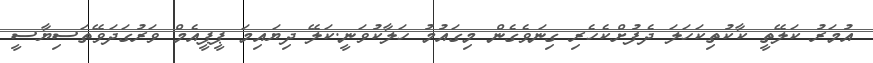
އުމަރު ކަލޭތީ ކާކުތިކަހަލަ ދެފުށްކެހެރި ގިނަވެގެން މިގައުމު ހަލާކުވަނީ.ކަލޭ ދިޔައިމަ ޕީޕީއެމް ވަރުގަދަވޭތަސިޔާސީ